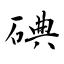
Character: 碘